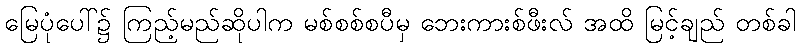
မြေပုံပေါ်၌ ကြည့်မည်ဆိုပါက မစ်စစ်စပီမှ ဘေးကားစ်ဖီးလ် အထိ မြင့်ချည် တစ်ခါ